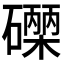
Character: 𮁐